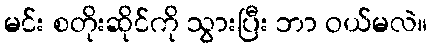
မင်း စတိုးဆိုင်ကို သွားပြီး ဘာ ဝယ်မလဲ။